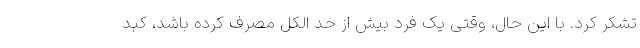
تشکر کرد. با این حال، وقتی یک فرد بیش از حد الکل مصرف کرده باشد، کبد